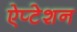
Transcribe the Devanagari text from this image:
ऐप्टेशन